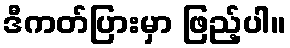
ဒီကတ်ပြားမှာ ဖြည့်ပါ။